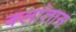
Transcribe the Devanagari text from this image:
क्लांतान